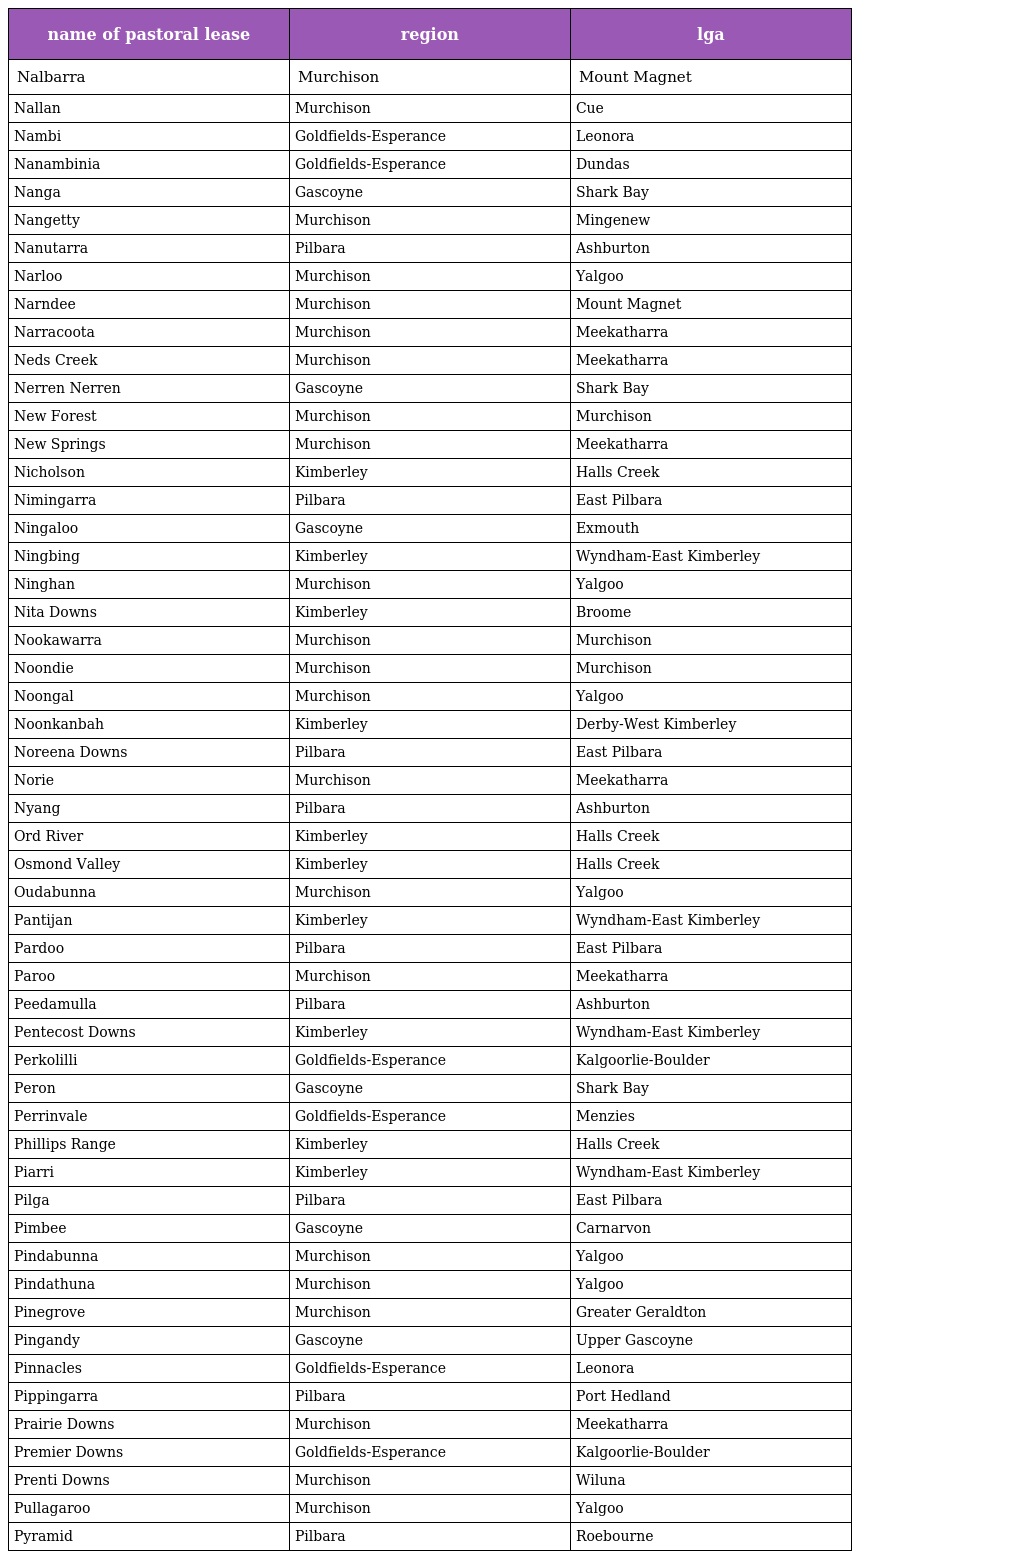
| name of pastoral lease | region | lga |
 | --- | --- | --- |
 | Nalbarra | Murchison | Mount Magnet |
 | Nallan | Murchison | Cue |
 | Nambi | Goldfields-Esperance | Leonora |
 | Nanambinia | Goldfields-Esperance | Dundas |
 | Nanga | Gascoyne | Shark Bay |
 | Nangetty | Murchison | Mingenew |
 | Nanutarra | Pilbara | Ashburton |
 | Narloo | Murchison | Yalgoo |
 | Narndee | Murchison | Mount Magnet |
 | Narracoota | Murchison | Meekatharra |
 | Neds Creek | Murchison | Meekatharra |
 | Nerren Nerren | Gascoyne | Shark Bay |
 | New Forest | Murchison | Murchison |
 | New Springs | Murchison | Meekatharra |
 | Nicholson | Kimberley | Halls Creek |
 | Nimingarra | Pilbara | East Pilbara |
 | Ningaloo | Gascoyne | Exmouth |
 | Ningbing | Kimberley | Wyndham-East Kimberley |
 | Ninghan | Murchison | Yalgoo |
 | Nita Downs | Kimberley | Broome |
 | Nookawarra | Murchison | Murchison |
 | Noondie | Murchison | Murchison |
 | Noongal | Murchison | Yalgoo |
 | Noonkanbah | Kimberley | Derby-West Kimberley |
 | Noreena Downs | Pilbara | East Pilbara |
 | Norie | Murchison | Meekatharra |
 | Nyang | Pilbara | Ashburton |
 | Ord River | Kimberley | Halls Creek |
 | Osmond Valley | Kimberley | Halls Creek |
 | Oudabunna | Murchison | Yalgoo |
 | Pantijan | Kimberley | Wyndham-East Kimberley |
 | Pardoo | Pilbara | East Pilbara |
 | Paroo | Murchison | Meekatharra |
 | Peedamulla | Pilbara | Ashburton |
 | Pentecost Downs | Kimberley | Wyndham-East Kimberley |
 | Perkolilli | Goldfields-Esperance | Kalgoorlie-Boulder |
 | Peron | Gascoyne | Shark Bay |
 | Perrinvale | Goldfields-Esperance | Menzies |
 | Phillips Range | Kimberley | Halls Creek |
 | Piarri | Kimberley | Wyndham-East Kimberley |
 | Pilga | Pilbara | East Pilbara |
 | Pimbee | Gascoyne | Carnarvon |
 | Pindabunna | Murchison | Yalgoo |
 | Pindathuna | Murchison | Yalgoo |
 | Pinegrove | Murchison | Greater Geraldton |
 | Pingandy | Gascoyne | Upper Gascoyne |
 | Pinnacles | Goldfields-Esperance | Leonora |
 | Pippingarra | Pilbara | Port Hedland |
 | Prairie Downs | Murchison | Meekatharra |
 | Premier Downs | Goldfields-Esperance | Kalgoorlie-Boulder |
 | Prenti Downs | Murchison | Wiluna |
 | Pullagaroo | Murchison | Yalgoo |
 | Pyramid | Pilbara | Roebourne |